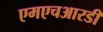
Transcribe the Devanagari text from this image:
एमएचआरडी